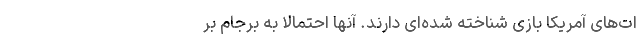
ات‌های آمریکا بازی شناخته شده‌ای دارند. آنها احتمالاً به برجام بر